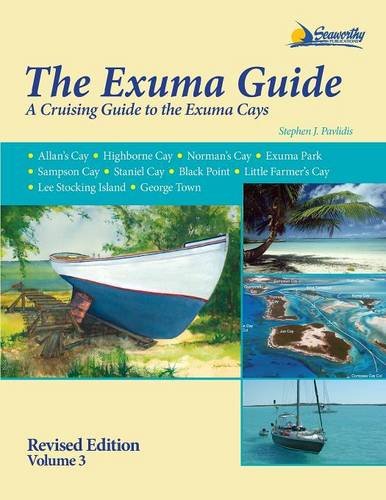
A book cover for The Exuma Guide 3rd ed.; Stephen J. Pavlidis; Sports & Outdoors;